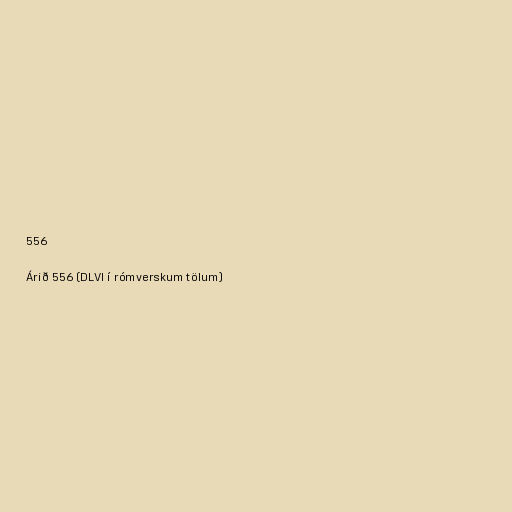
556

Árið 556 (DLVI í rómverskum tölum)